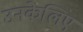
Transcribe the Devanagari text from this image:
उनकेलिए